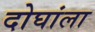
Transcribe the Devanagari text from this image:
दोघांला